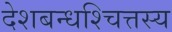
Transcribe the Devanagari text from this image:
देशबन्धश्चित्तस्य